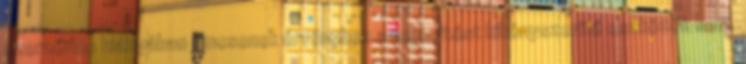
szerződés hiányában nincsenek érvényben a teljesítést kikényszerítő eszközök sem.